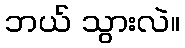
ဘယ် သွားလဲ။